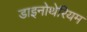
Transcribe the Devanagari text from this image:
डाइनोथेरियम